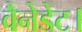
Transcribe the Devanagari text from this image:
वैनेडेट।